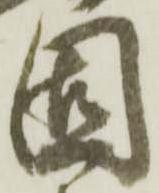
固